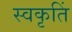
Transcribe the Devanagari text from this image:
स्वकृतिं